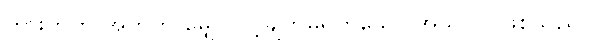
တားတတ် အတွက် မျှော်လင့်ချက်မရှိဟူသော အသိပင် ဖြစ်သည်။